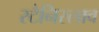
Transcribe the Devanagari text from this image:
स्टैनिस्लाव